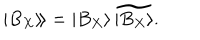
\left. \left| B _ { X } \right\rangle \! \right\rangle = \left| B _ { X } \right\rangle \widetilde { \left| B _ { X } \right\rangle } .